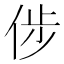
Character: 𠉡